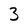
Character: 3